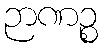
ဉာဏဉ္စ